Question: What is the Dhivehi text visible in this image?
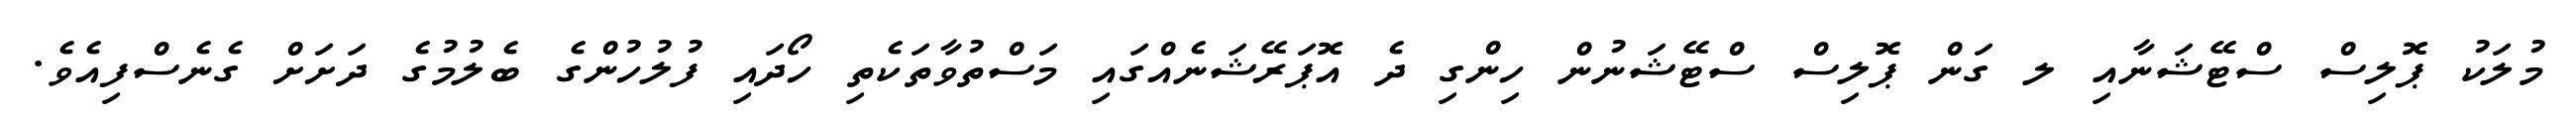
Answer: މުލަކު ޕޮލިސް ސްޓޭޝަނާއި ލ ގަން ޕޮލިސް ސްޓޭޝަނުން ހިންގި ދެ އޮޕަރޭޝަނެއްގައި މަސްތުވާތަކެތި ހޯދައި ފުލުހުންގެ ބެލުމުގެ ދަށަށް ގެނެސްފިއެވެ.